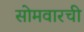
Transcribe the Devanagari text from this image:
सोमवारची